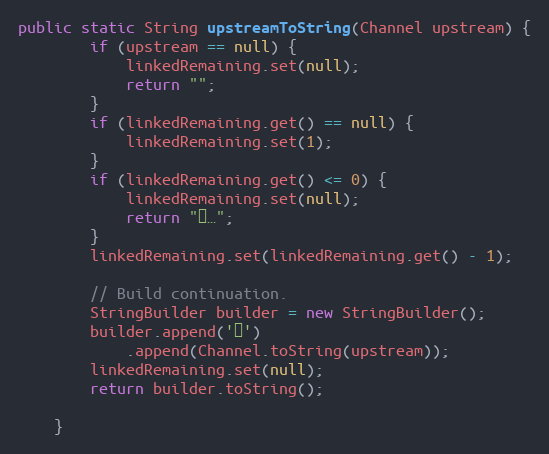
Language: Java
public static String upstreamToString(Channel upstream) {
        if (upstream == null) {
            linkedRemaining.set(null);
            return "";
        }
        if (linkedRemaining.get() == null) {
            linkedRemaining.set(1);
        }
        if (linkedRemaining.get() <= 0) {
            linkedRemaining.set(null);
            return "↔…";
        }
        linkedRemaining.set(linkedRemaining.get() - 1);

        // Build continuation.
        StringBuilder builder = new StringBuilder();
        builder.append('↔')
            .append(Channel.toString(upstream));
        linkedRemaining.set(null);
        return builder.toString();

    }